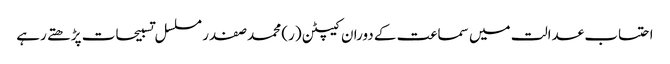
احتساب عدالت میں سماعت کے دوران کیپٹن (ر) محمد صفدر مسلسل تسبیحات پڑھتے رہے